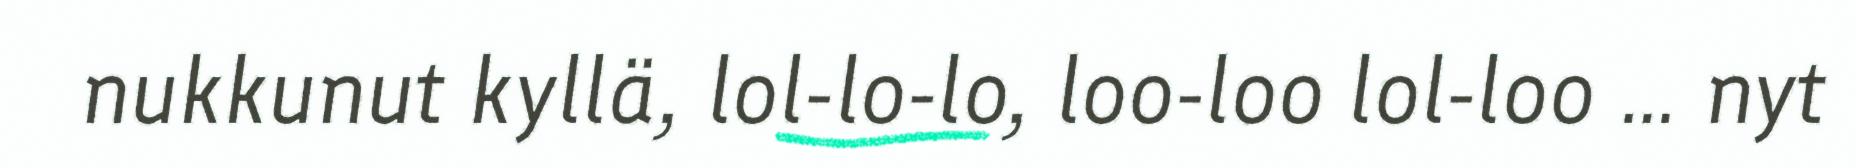
nukkunut kyllä, lol-lo-lo, loo-loo lol-loo … nyt